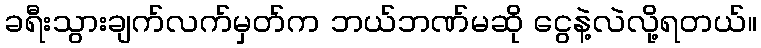
ခရီးသွားချက်လက်မှတ်က ဘယ်ဘဏ်မဆို ငွေနဲ့လဲလို့ရတယ်။